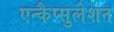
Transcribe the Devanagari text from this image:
एन्कैप्सुलेशन